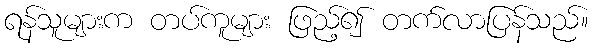
ရန်သူများက တပ်ကူများ ဖြည့်၍ တက်လာပြန်သည်။